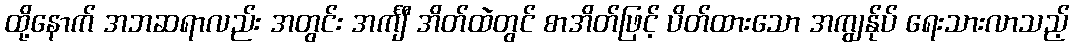
ထို့နောက် အဘဆရာလည်း အတွင်း အင်္ကျီ အိတ်ထဲတွင် စာအိတ်ဖြင့် ပိတ်ထားသော အကျွန်ုပ် ရေးသားလာသည့်